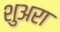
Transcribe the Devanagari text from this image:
शुअरा